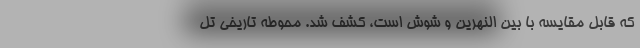
که قابل مقایسه با بین النهرین و شوش است، کشف شد. محوطه تاریخی تل‌